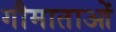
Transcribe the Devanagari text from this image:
गौमाताओं